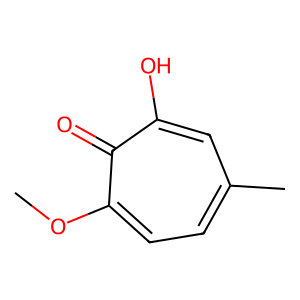
SMILES: COc1ccc(C)cc(O)c1=O
Inhibits HIV replication: No